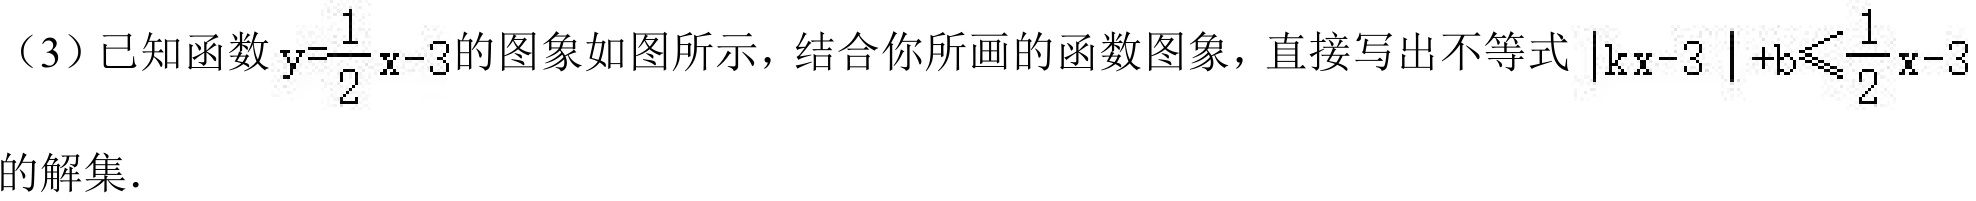
（3）已知函数\(y = \frac{1}{2}x - 3\)的图象如图所示，结合你所画的函数图象，直接写出不等式\(\vert kx - 3\vert + b\leqslant\frac{1}{2}x - 3\)的解集．